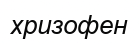
хризофен